Civil Veterinary Department Bihar reports 1936-40 - 1936-1940
Year: 1936
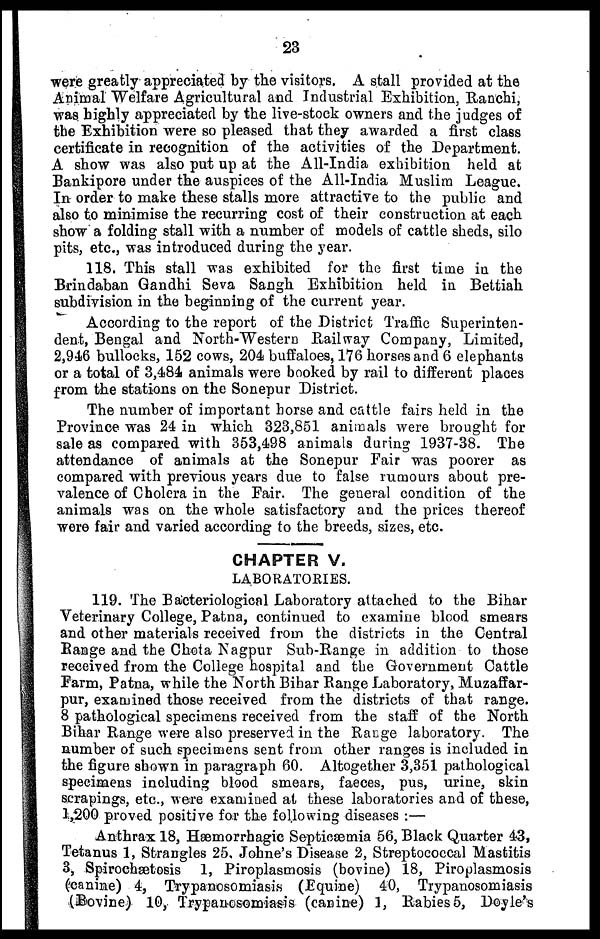
23
were greatly appreciated by the visitors. A stall provided at the
Animal Welfare Agricultural and Industrial Exhibition, Ranchi,
was highly appreciated by the live-stock owners and the judges of
the Exhibition were so pleased that they awarded a first class
certificate in recognition of the activities of the Department.
A show was also put up at the All-India exhibition held at
Bankipore under the auspices of the All-India Muslim League.
In order to make these stalls more attractive to the public and
also to minimise the recurring cost of their construction at each
show a folding stall with a number of models of cattle sheds, silo
pits, etc., was introduced during the year.
118. This stall was exhibited for the first time in the
Brindaban Gandhi Seva Sangh Exhibition held in Bettiah
subdivision in the beginning of the current year.
According to the report of the District Traffic Superinten-
dent, Bengal and North-Western Railway Company, Limited,
2,946 bullocks, 152 cows, 204 buffaloes, 176 horses and 6 elephants
or a total of 3,484 animals were booked by rail to different places
from the stations on the Sonepur District.
The number of important horse and cattle fairs held in the
Province was 24 in which 323,851 animals were brought for
sale as compared with 353,498 animals during 1937-38. The
attendance of animals at the Sonepur Fair was poorer as
compared with previous years due to false rumours about pre-
valence of Cholera in the Fair. The general condition of the
animals was on the whole satisfactory and the prices thereof
were fair and varied according to the breeds, sizes, etc.
CHAPTER V.
LABORATORIES.
119. The Bacteriological Laboratory attached to the Bihar
Veterinary College, Patna, continued to examine blood smears
and other materials received from the districts in the Central
Range and the Chota Nagpur Sub-Range in addition to those
received from the College hospital and the Government Cattle
Farm, Patna, while the North Bihar Range Laboratory, Muzaffar-
pur, examined those received from the districts of that range.
8 pathological specimens received from the staff of the North
Bihar Range were also preserved in the Range laboratory. The
number of such specimens sent from other ranges is included in
the figure shown in paragraph 60. Altogether 3,351 pathological
specimens including blood smears, faeces, pus, urine, skin
scrapings, etc., were examined at these laboratories and of these,
1,200 proved positive for the following diseases :—
Anthrax 18, Hæmorrhagic Septicaemia 56, Black Quarter 43,
Tetanus 1, Strangles 25, Johne's Disease 2, Streptococcal Mastitis
3, Spirochætosis 1, Piroplasmosis (bovine) 18, Piroplasmosis
(canine) 4, Trypanosomiasis (Equine) 40, Trypanosomiasis
(Bovine) 10, Trypanosomiasis (canine) 1, Rabies 5, Doyle's